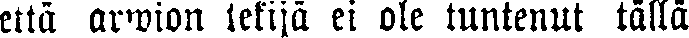
että arwion tekijä ei ole tuntenut tällä